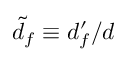
\widetilde { d } _ { f } \equiv d _ { f } ^ { \prime } / d